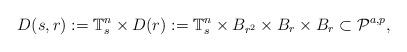
LaTeX: \begin{align*}D(s,r):=\mathbb{T}^n_s\times D(r):=\mathbb{T}^n_s\times B_{r^2}\times B_r\times B_r\subset\mathcal{P}^{a,p},\end{align*}